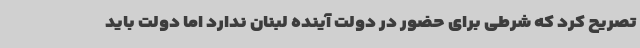
تصریح کرد که شرطی برای حضور در دولت آینده لبنان ندارد اما دولت باید